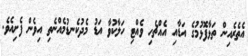
އެތެރެއިން ތަޅާފޮޅުމުގެ އަޑާއި އެއްޗެހި ވެއްޓި ހަލާކުވާ އަޑު މެދުކެނޑުމެއްނެތި އިވެން ފެށިއެވެ.